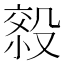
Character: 𰚄